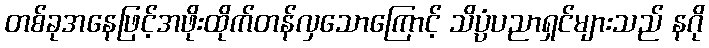
တစ်ခုအနေဖြင့်အဖိုးထိုက်တန်လှသောကြောင့် သိပ္ပံပညာရှင်များသည် နဂို